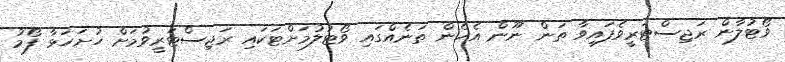
ވޯޓުލާން ރަޖިސްޓަރީވެފައިވާ ތަން ނޫން އެހެން ތަނެއްގައި ވޯޓުލުމަށްޓަކައި ރަޖިސްޓަރީވުމަށް ހުށަހަޅާ ފޯމު